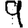
Digit: 9